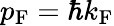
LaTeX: p_{\mathrm{F}}=\hbar k_{\mathrm{F}}